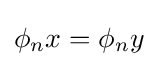
\phi _{n}x=\phi _{n}y